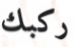
ركبك